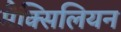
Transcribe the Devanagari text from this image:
मैक्सिलियन